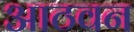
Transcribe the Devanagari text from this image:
आठवन